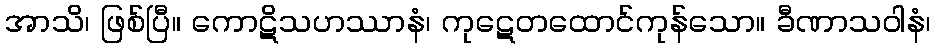
အာသိ၊ ဖြစ်ပြီ။ ကောဋိသဟဿာနံ၊ ကုဋေတထောင်ကုန်သော။ ခီဏာသဝါနံ၊